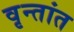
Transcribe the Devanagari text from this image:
वृन्तांत